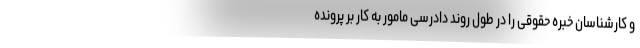
و کارشناسان خبره حقوقی را در طول روند دادرسی مامور به کار بر پرونده